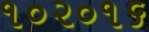
૧૦૨૦૧૬